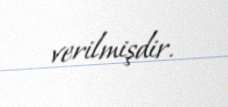
verilmişdir.